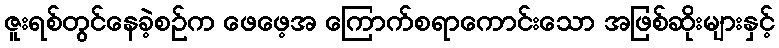
ဇူးရစ်တွင်နေခဲ့စဉ်က ဖေဖေ့အ ကြောက်စရာကောင်းသော အဖြစ်ဆိုးများနှင့်